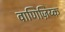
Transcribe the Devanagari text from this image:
वाणिज़िय्क